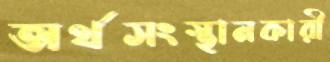
অর্থসংস্থানকারী